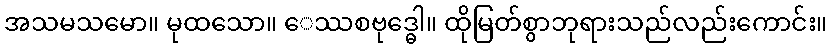
အသမသမော။ မုထသော။ ေဿစဗုဒ္ဓေါ။ ထိုမြတ်စွာဘုရားသည်လည်းကောင်း။